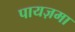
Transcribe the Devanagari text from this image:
पायज़मा